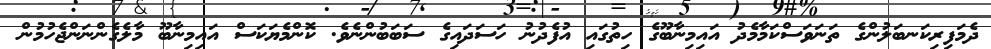
ދެމަފިރިކަނބަލުންގެ ތަނަވަސްކަމާމެދު އައިމިނާބޫގެ ހިތުގައި އުފެދުނު ހަސަދައިގެ ސަބަބުންނެވެ. ކޮންމެޔަކަސް އައިމިނާބޫ މާލެގެންނަންޖެހުމުން